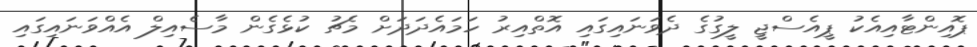
ޕޮއިންޓާއިއެކު ޕީއެސްޖީ ލީގުގެ ދެވަނައިގައި އޮތްއިރު ހަމައެދަދަށް މެޗު ކުޅެގެން މާސެއިލް އެއްވަނައިގައި